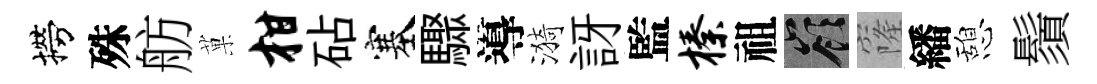
撈殊舫菓柑砧塞驟導漪訝監榛祖嶺窿繙憩鬚